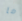
ما